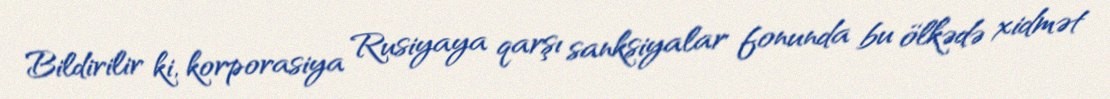
Bildirilir ki, korporasiya Rusiyaya qarşı sanksiyalar fonunda bu ölkədə xidmət